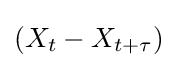
(X_{t}-X_{t+\tau })